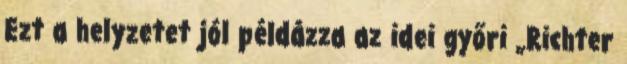
Ezt a helyzetet jól példázza az idei győri „Richter